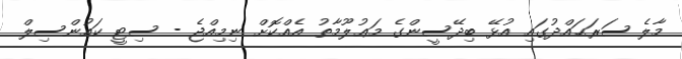
މާލެ ސަރަޙައްދުގައި އުޅޭ ބިދޭސީންގެ މަޢުލޫމާތު އެއްކޮށް ނިމިއްޖެ - ސިޓީ ކައުންސިލް